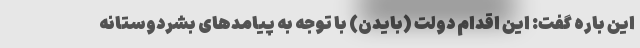
این باره گفت: این اقدام دولت (بایدن) با توجه به پیامدهای بشردوستانه